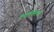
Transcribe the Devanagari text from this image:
एनईएसएसी